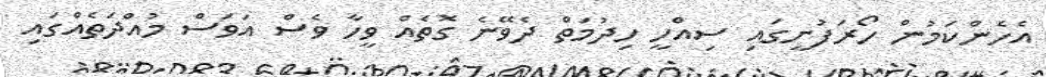
އެހެންކަމުން ހޯރަފުށީގައި ސިއްހީ ހިދުމަތް ދެވޭނެ ގޮތެއް ވީހާ ވެސް އަވަސް މުއްދަތެއްގައި